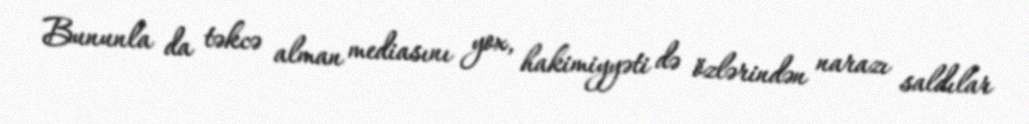
Bununla da təkcə alman mediasını yox, hakimiyyəti də özlərindən narazı saldılar